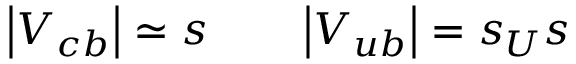
\left| V _ { c b } \right| \simeq s \qquad \left| V _ { u b } \right| = s _ { U } s